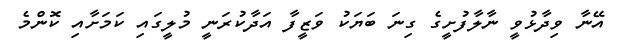
އޭނާ ވިދާޅުވީ ނާލާފުށީގެ ގިނަ ބަޔަކު ވަޒީފާ އަދާކުރަނީ މުލީގައި ކަމަށާއި ކޮންމެ